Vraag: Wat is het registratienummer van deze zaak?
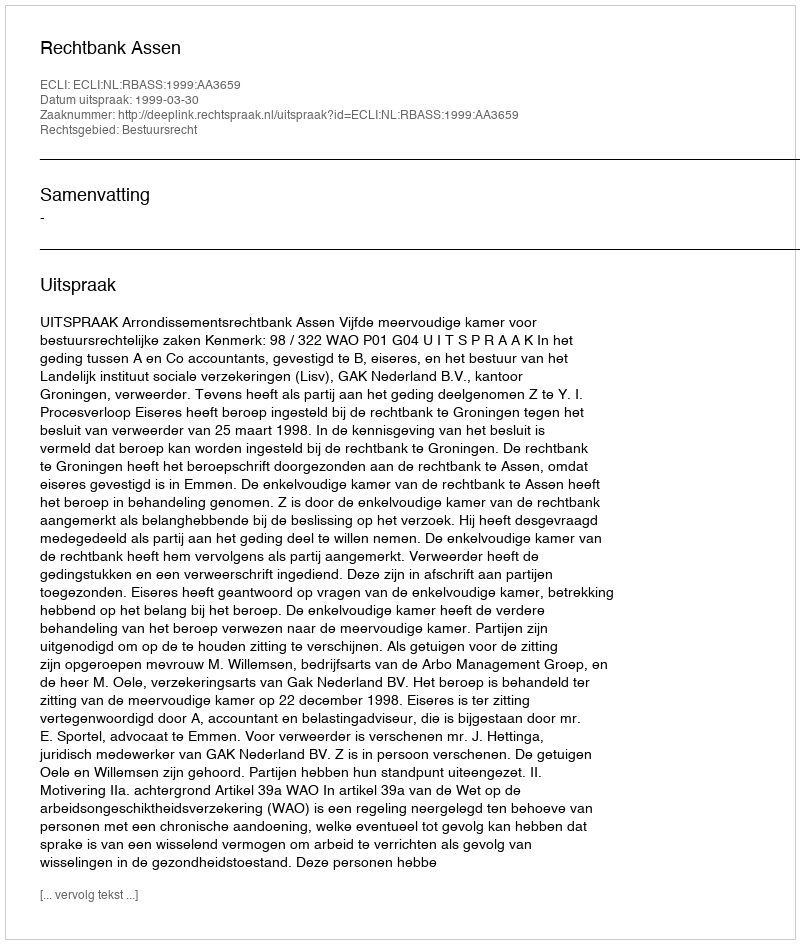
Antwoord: http://deeplink.rechtspraak.nl/uitspraak?id=ECLI:NL:RBASS:1999:AA3659